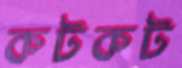
কটকট